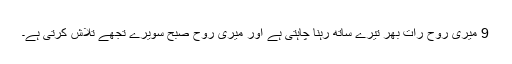
9 میری روح رات بھر تیرے ساتھ رہنا چاہتی ہے اور میری روح صبح سویرے تجھے تلاش کرتی ہے۔